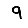
Digit: 9